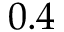
0 . 4